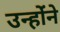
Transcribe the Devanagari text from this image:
उन्होंंने